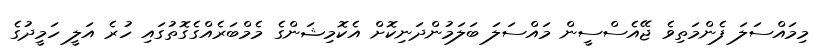
މިމައްސަލަ ފެންމަތިވެ ޖޭއެސްސީން މައްސަލަ ބަލަމުންދަނިކޮށް އެކޮމިޝަންގެ މެމްބަރެއްގެގޮތުގައި ހުރެ އަލީ ހަމީދުގެ